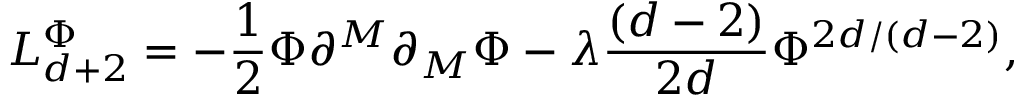
L _ { d + 2 } ^ { \Phi } = - \frac { 1 } { 2 } \Phi \partial ^ { M } \partial _ { M } \Phi - \lambda \frac { \left( d - 2 \right) } { 2 d } \Phi ^ { 2 d / \left( d - 2 \right) } ,